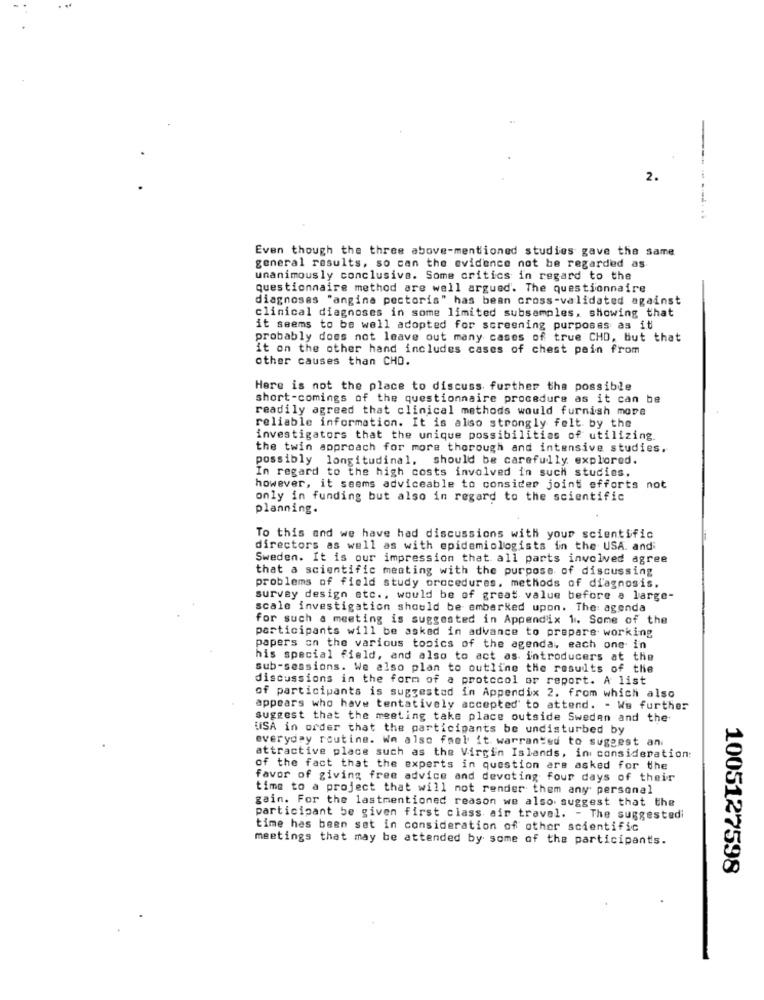
2.
Even though the three above-mentioned studies gave the same
general results, so can the evidence not be regarded as
unanimously conclusive. Some critics in regard to the
questionnaire method are well argued'. The questionnaire
diagnoses "angina pectoris" has bean cross-validated against
clinical diagnoses in some limited subsamples, showing that
it seems to be well adopted for screening purposes as it
probably does not leave out many cases of true CHD, but that
it on the other hand includes cases of chest pain from
other causes than CHO.
Here is not the place to discuss further the possible
short-comings of the questionnaire procedure as it can be
readily agreed that clinical methods would furnish more
reliable information. It is also strongly felt by the
investigators that the unique possibilities of utilizing.
the twin approach for more thorough and intensive studies.
possibly longitudinal, should be carefully explored.
In regard to the high costs involved in such studies.
however, it seems adviceable to consider joint efforts not
only in funding but also in regard to the scientific
planning.
To this and we have had discussions with your scientific
directors as well as with epidemiologists in the USA. and;
Sweden. It is our impression that all parts involved agree
that a scientific meeting with the purpose of discussing
problems of field study procedures. methods of diagnosis.
survey design etc ., would be of great value before a large-
scale investigation should be emberked upon. The agenda
for such a meeting is suggested in Appendix 1. Some of the
participants will be asked in advance to prepare working
papers on the various topics of the agenda, each one in
his special field, and also to act as introducers at the
sub-sessions. We also plan to outline the results of the
discussions in the form of a protocol or report. A list
of participants is suggested in Appendix 2. from which also
appears who have tentatively accepted to attend. - We further
suggest that the meeting take place outside Sweden and the
USA in order that the participants be undisturbed by
everyday routine. Wa also fael it warranted to suggest an.
attractive place such as the Virgin Islands, in consideration:
of the fact that the experts in question are asked for the
favor of giving free advice and devoting four days of their
time to a project that will not render them any personal
gain. For the lastmentioned reason we also suggest that the
participant be given first class air travel. - The suggestedi
time has been set in consideration of other scientific
meetings that may be attended by some of the participants.
1005127598